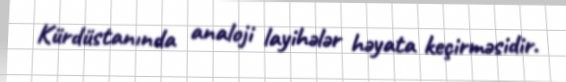
Kürdüstanında analoji layihələr həyata keçirməsidir.